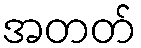
အတတ်